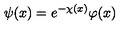
\psi ( x ) = e ^ { - \chi ( x ) } \varphi ( x )